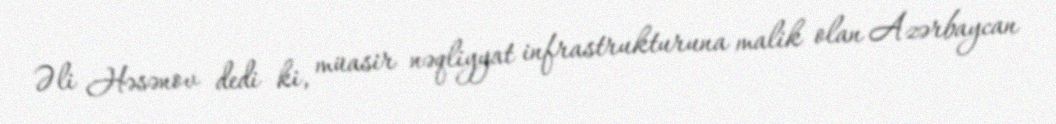
Əli Həsənov dedi ki, müasir nəqliyyat infrastrukturuna malik olan Azərbaycan